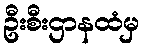
ဦးစီးဌာနထံမှ